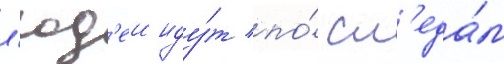
л'юд'еи иду́т по́ сл'еда́м